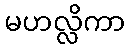
မဟလ္လိကာ